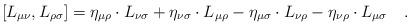
LaTeX: \begin{align*}\left[ L_{\mu \nu },L_{\rho \sigma }\right] =\eta _{\mu \rho}\cdot L_{\nu \sigma }+\eta _{\nu \sigma }\cdot L_{\mu \rho }-\eta _{\mu\sigma }\cdot L_{\nu \rho }-\eta _{\nu \rho }\cdot L_{\mu \sigma }\quad .\end{align*}